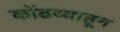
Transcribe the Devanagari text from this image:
कोंढव्याहून